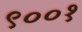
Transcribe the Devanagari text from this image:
९००१